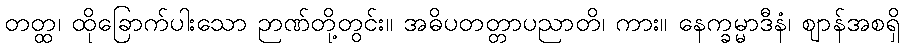
တတ္ထ၊ ထိုခြောက်ပါးသော ဉာဏ်တို့တွင်း။ အဓိပတတ္တာပညာတိ၊ ကား။ နေက္ခမ္မာဒီနံ၊ ဈာန်အစရှိ